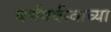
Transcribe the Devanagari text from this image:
वर्णवर्चस्वाच्या